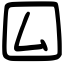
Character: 囜